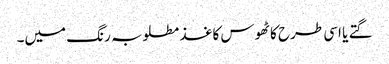
گتے یا اسی طرح کا ٹھوس کاغذ مطلوبہ رنگ میں۔